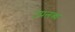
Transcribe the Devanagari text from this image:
उपल्‍ाब्‍ध